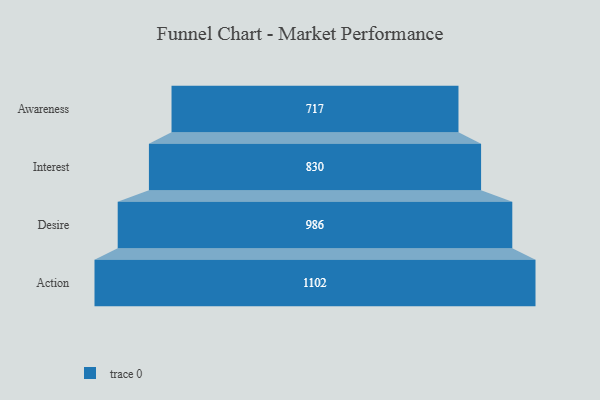
{"axis": {"x": "Stage", "y": "Value"}, "legend": [""], "data": [{"x": "Awareness", "y": 717.0, "type": ""}, {"x": "Interest", "y": 830.0, "type": ""}, {"x": "Desire", "y": 986.0, "type": ""}, {"x": "Action", "y": 1102.0, "type": ""}]}